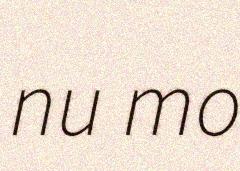
nu mo